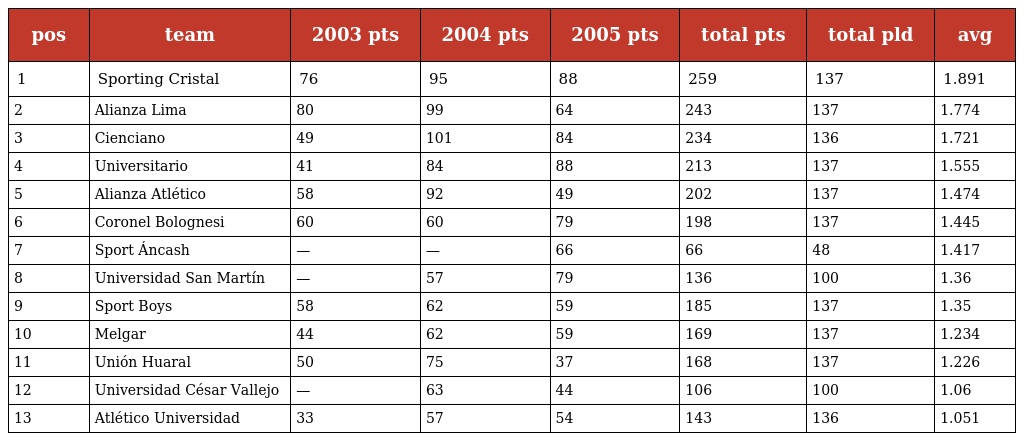
| pos | team | 2003 pts | 2004 pts | 2005 pts | total pts | total pld | avg |
 | --- | --- | --- | --- | --- | --- | --- | --- |
 | 1 | Sporting Cristal | 76 | 95 | 88 | 259 | 137 | 1.891 |
 | 2 | Alianza Lima | 80 | 99 | 64 | 243 | 137 | 1.774 |
 | 3 | Cienciano | 49 | 101 | 84 | 234 | 136 | 1.721 |
 | 4 | Universitario | 41 | 84 | 88 | 213 | 137 | 1.555 |
 | 5 | Alianza Atlético | 58 | 92 | 49 | 202 | 137 | 1.474 |
 | 6 | Coronel Bolognesi | 60 | 60 | 79 | 198 | 137 | 1.445 |
 | 7 | Sport Áncash | — | — | 66 | 66 | 48 | 1.417 |
 | 8 | Universidad San Martín | — | 57 | 79 | 136 | 100 | 1.36 |
 | 9 | Sport Boys | 58 | 62 | 59 | 185 | 137 | 1.35 |
 | 10 | Melgar | 44 | 62 | 59 | 169 | 137 | 1.234 |
 | 11 | Unión Huaral | 50 | 75 | 37 | 168 | 137 | 1.226 |
 | 12 | Universidad César Vallejo | — | 63 | 44 | 106 | 100 | 1.06 |
 | 13 | Atlético Universidad | 33 | 57 | 54 | 143 | 136 | 1.051 |